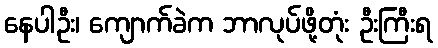
နေပါဦး၊ ကျောက်ခဲက ဘာလုပ်ဖို့တုံး ဦးကြီးရ